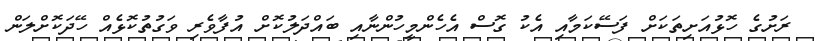
ރަށުގެ ހޮޅުއަށިތަކަށް ފަސޭކަމާއި އެކު ގޮސް އެހެންމީހުންނާއި ބައްދަލުކޮށް އުފާވެރި ވަގުތުކޮޅެއް ހޭދަކޮށްލަން